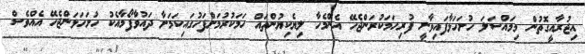
އިޖުރާއީގޮތުން މިމައްސަލަ ހުށަހަޅާފައިވާނީ ފުރިހަމަކުރަންޖެހޭ އެންމެހާ ލިޔެކިޔުންތައް ހަމަކުރުމަށްފަހުގައިކަމަށާ ދައުވާފޯމާއެކު ހުށަހަޅަންޖެހޭ އެއްވެސް